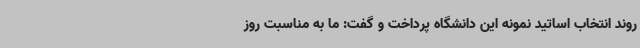
روند انتخاب اساتید نمونه این دانشگاه پرداخت و گفت: ما به مناسبت روز